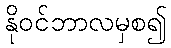
နိုဝင်ဘာလမှစ၍